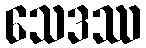
သေဒဿ